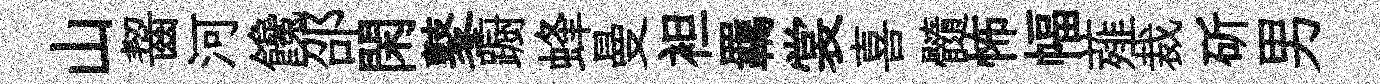
山齧河饞邵閑鼕蹰蜂曼袒羈裳喜髓怖幅薤裁斫男